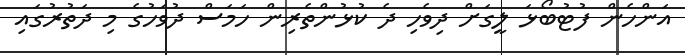
އަންހެން ފުޓުބޯޅަ ލީގަށް ދިވެހި ދެ ކުޅުންތެރިން ހަމަސް ދުވަހުގެ މި ދަތުރުގައި